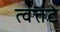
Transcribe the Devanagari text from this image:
त्वत्तटे